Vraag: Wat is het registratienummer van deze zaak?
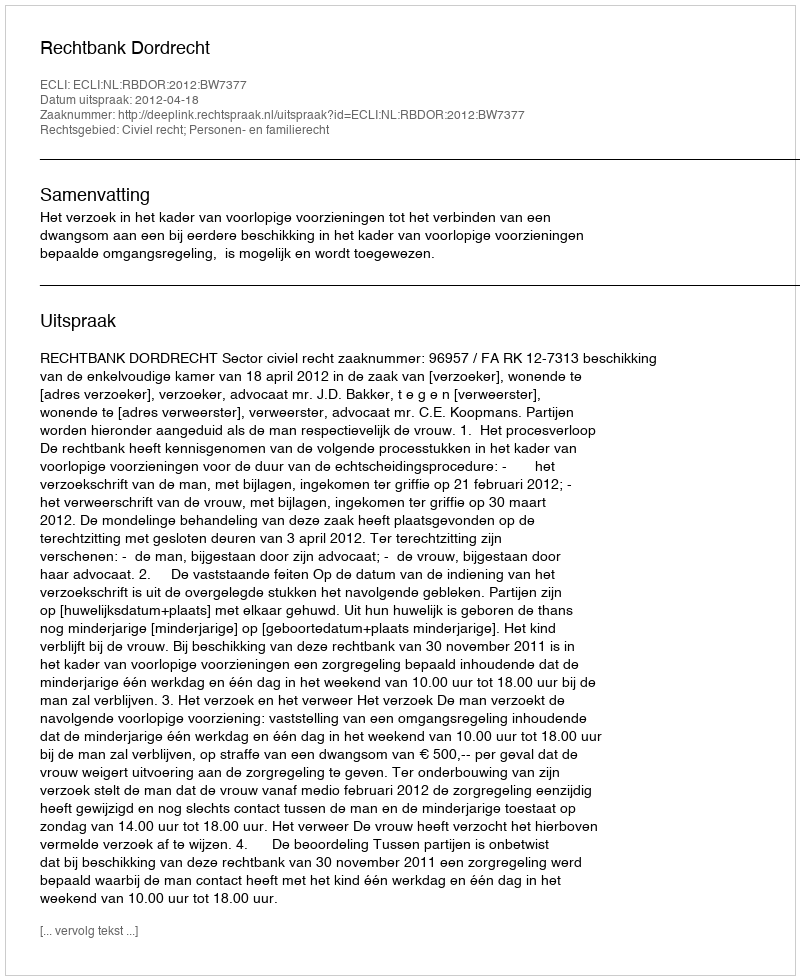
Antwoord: http://deeplink.rechtspraak.nl/uitspraak?id=ECLI:NL:RBDOR:2012:BW7377